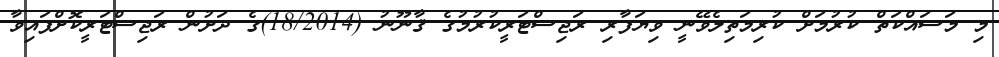
މި މަސައްކަތް ކުރުމަށް ކުރިމަތިލެވޭނީ ވިޔަފާރި ރަޖިސްޓަރީކުރުމުގެ ޤާނޫނު (18/2014)ގެ ދަށުން ރަޖިސްޓަރީކޮށްފައިވާ